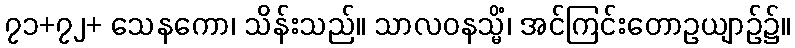
၇၁+၇၂+ သေနကော၊ သိန်းသည်။ သာလဝနသ္မိံ၊ အင်ကြင်းတောဥယျာဉ်၌။